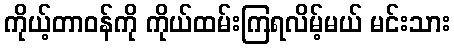
ကိုယ့်တာဝန်ကို ကိုယ်ထမ်းကြရလိမ့်မယ် မင်းသား